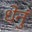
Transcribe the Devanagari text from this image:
धेनुं